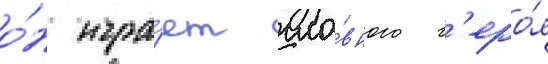
о́н игра́ет гла́вного г'еро́я